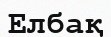
Елбақ